18_100754_ General 1946-7_Vol_2
Agency: Department of War
Incident date: 12/30/47
Page 26
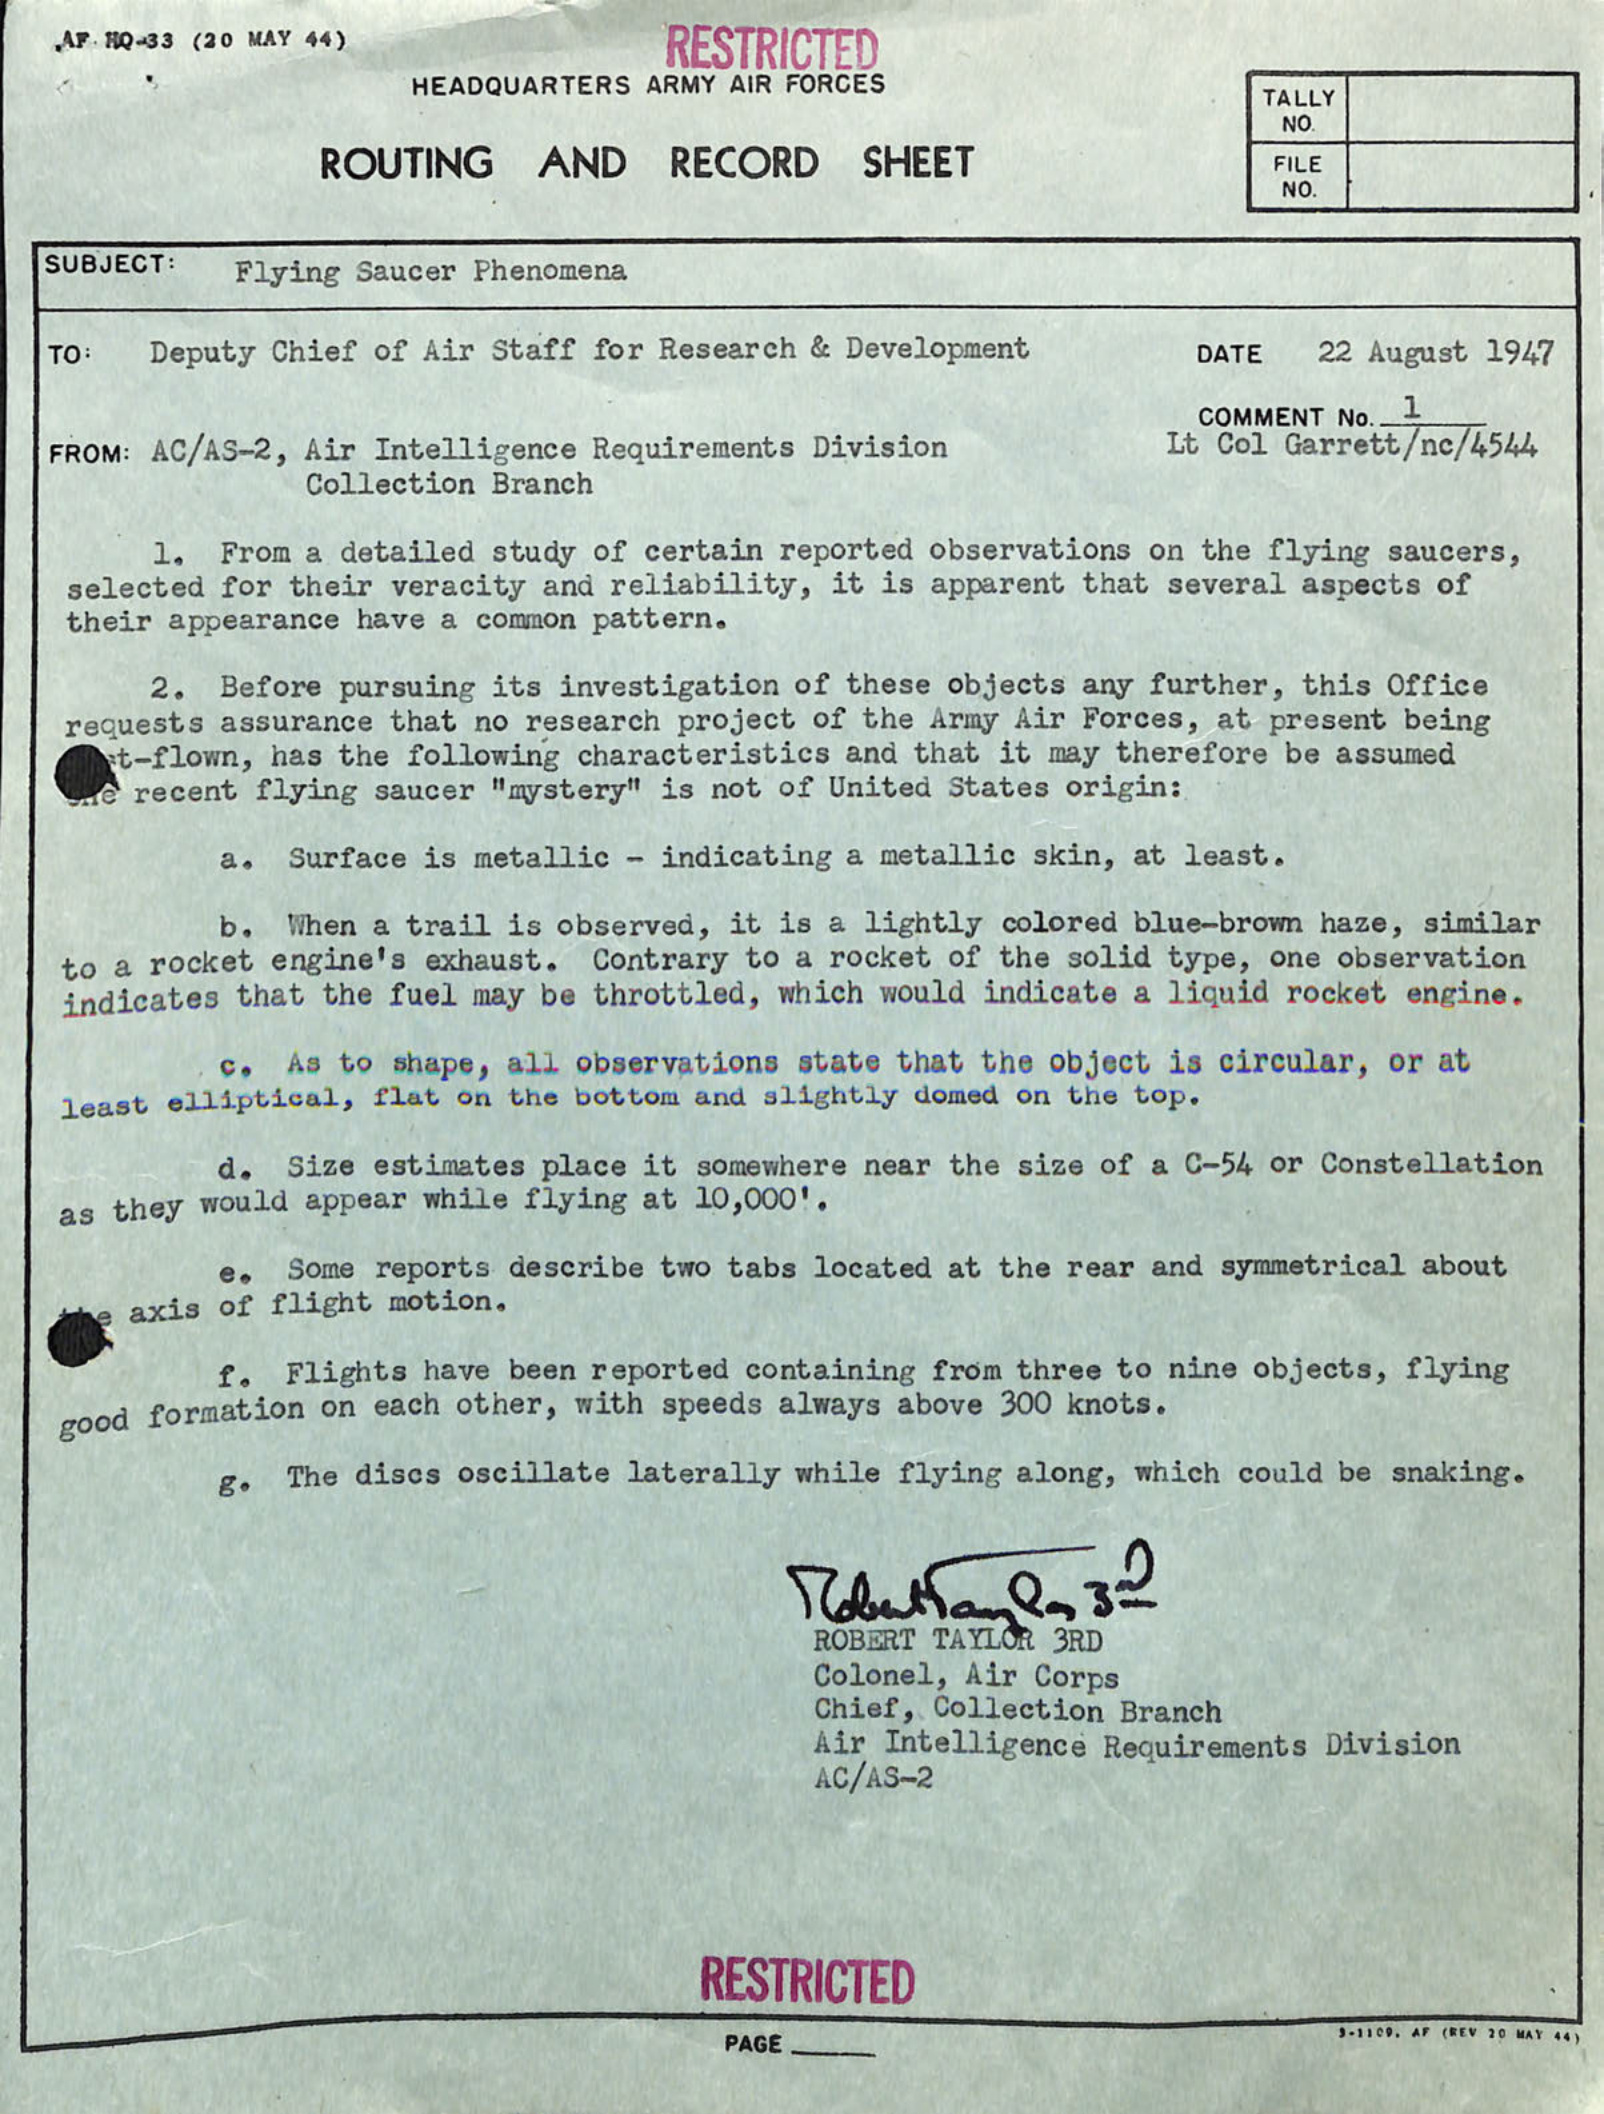